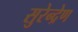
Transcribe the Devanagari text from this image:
सुरेन्द्रेण